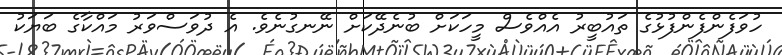
ހުވަފެންފެންފުޅުގެ ތައުބީރު އެއްވެސް މީހަކަށް ބުނެދޭކަށް ނޭނގުނެވެ. އެ ދުވަސްވަރު މައްކާގެ ބަޔަކު